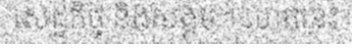
សេដ្ឋកិច្ច និងសង្គម។ ហេតុនេះ